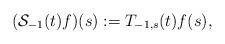
LaTeX: \begin{align*}(\mathcal{S}_{-1}(t)f)(s):=T_{-1,s}(t)f(s),\end{align*}